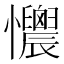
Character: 𢥯